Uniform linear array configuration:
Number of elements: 12
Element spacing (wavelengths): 0.5
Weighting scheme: uniform
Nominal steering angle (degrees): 45
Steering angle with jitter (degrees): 46.643
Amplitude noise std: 0.05
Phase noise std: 0.05

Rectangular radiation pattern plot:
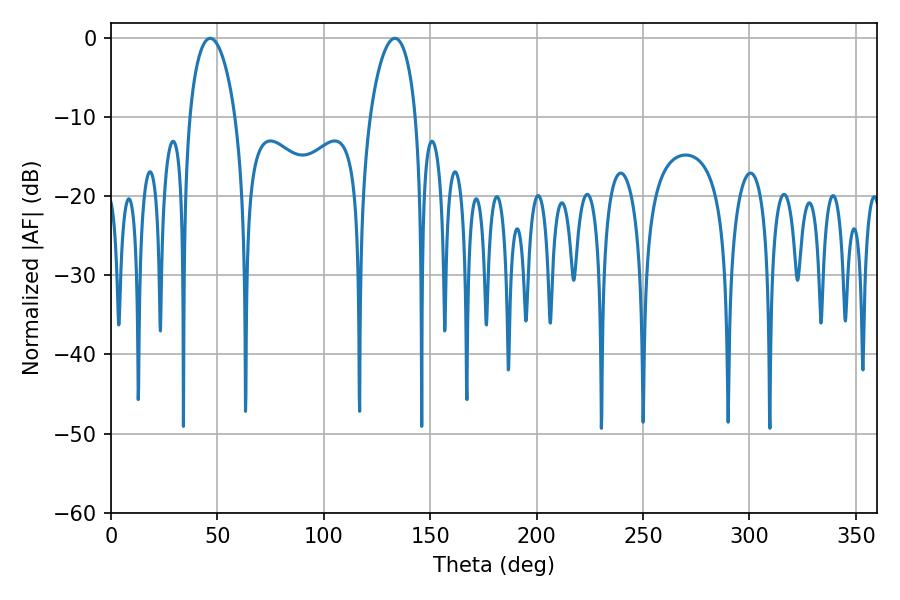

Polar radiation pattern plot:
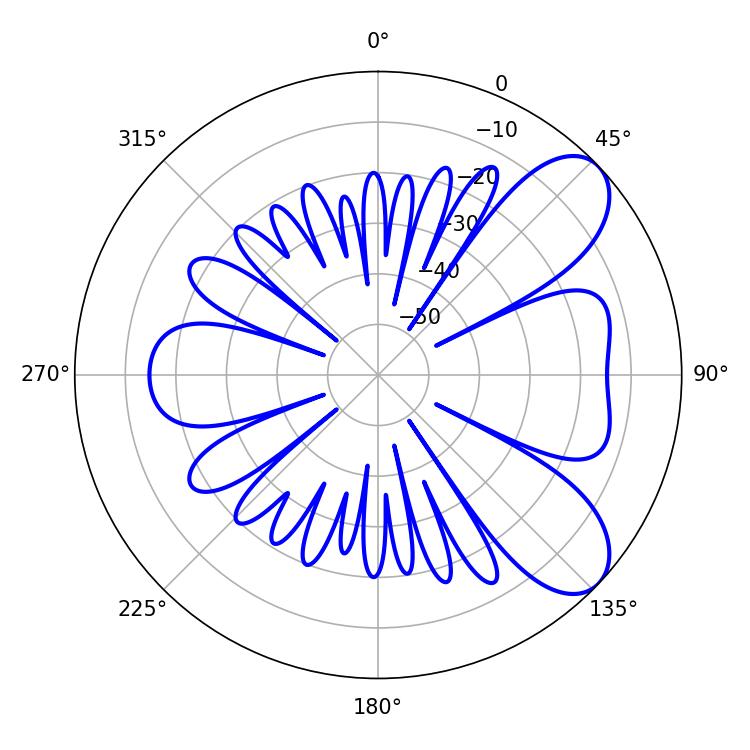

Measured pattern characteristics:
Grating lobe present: FALSE
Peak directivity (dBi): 7.662
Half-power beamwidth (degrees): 12.24
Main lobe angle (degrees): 46.62